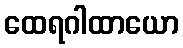
ထေရဂါထာယော